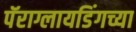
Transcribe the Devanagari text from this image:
पॅराग्लायडिंगच्या